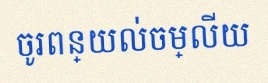
ចូរពន្យល់ចម្លើយ